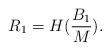
LaTeX: \begin{align*} R_1 = H( \frac{B_1}{M}). \end{align*}